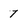
Character: 7